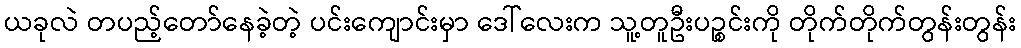
ယခုလဲ တပည့်တော်နေခဲ့တဲ့ ပင်းကျောင်းမှာ ဒေါ်လေးက သူ့တူဦးပဉ္စင်းကို တိုက်တိုက်တွန်းတွန်း